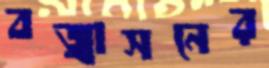
বজ্রাসনের